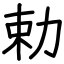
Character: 勅